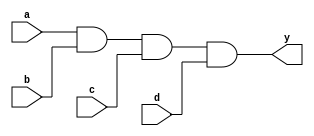
`timescale 1ns / 1ps
//////////////////////////////////////////////////////////////////////////////////
// Company: 
// Engineer: 
// 
// Design Name: 
// Module Name: AND_4Input
// Project Name: 
// Target Devices: 
// Tool Versions: 
// Description: 
// 
// Dependencies: 
// 
// Revision:
// Revision 0.01 - File Created
// Additional Comments:
// 
//////////////////////////////////////////////////////////////////////////////////


module AND_4Input(input a,b,c,d,output y );
and a1(y,a,b,c,d);
endmodule